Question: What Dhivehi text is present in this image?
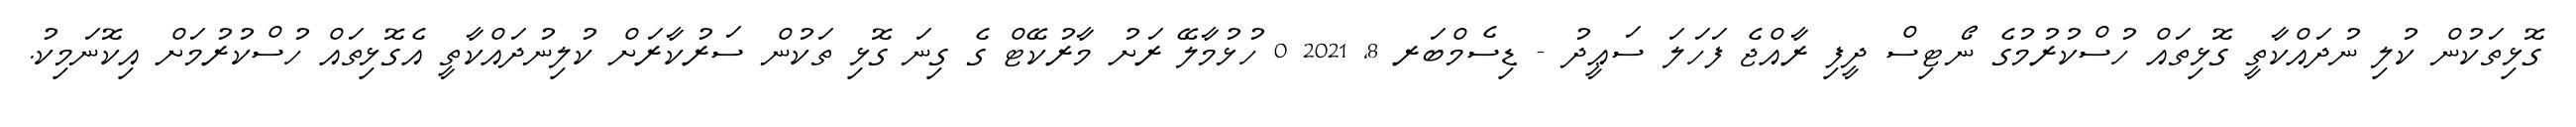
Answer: ގޮޅިތަކުން ކުލި ނުދައްކާތީ ގޮޅިތައް ހުސްކުރުމުގެ ނޯޓިސް ދީފި ރާއްޖެ ފަހަލަ ސަޢީދު - ޑިސެމްބަރ 8, 2021 0 ހުޅުމާލޭ ރަށު މާރުކޭޓް ގެ ގިނަ ގޮޅި ތަކުން ސަރުކާރަށް ކުލިނުދައްކާތީ އެގޮޅިތައް ހުސްކުރުމަށް އިކޮނަމިކު.